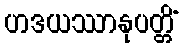
ဟဒယဿာနုပတ္တိံ